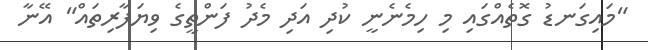
"މައިގަނޑު ގޮތެއްގައި މި ހިމެނެނީ ކުދި އަދި މެދު ފަންތީގެ ވިޔަފާރިތައް" އޭނާ